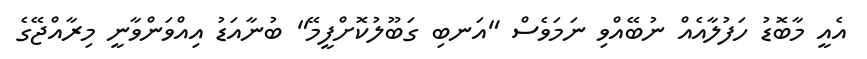
އެއީ މާބޮޑު ހަފުލާއެއް ނުބޭއްވި ނަަމަވެސް "އަނބި ގަބޫލުކޮށްފީމޭ" ބުނާއަޑު އިއްވަންވާނީ މިރާއްޖޭގެ